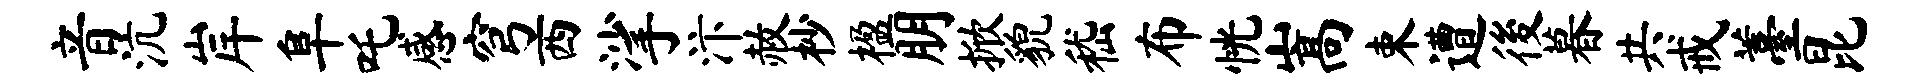
音沆岸阜吒感穹西挲汴赦杪楹朋掀貌嵇布恍嵩束遭後暮共戒薹昆